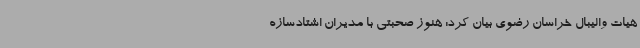
هیات والیبال خراسان رضوی بیان کرد: هنوز صحبتی با مدیران اشتادسازه